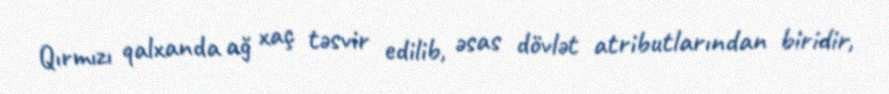
Qırmızı qalxanda ağ xaç təsvir edilib, əsas dövlət atributlarından biridir,